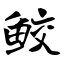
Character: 鲛